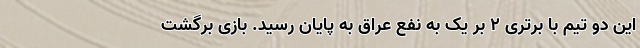
این دو تیم با برتری 2 بر یک به نفع عراق به پایان رسید. بازی برگشت